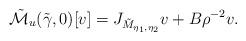
LaTeX: \begin{align*}\tilde{\mathcal{M}}_{u}(\tilde{\gamma},0)[v]=J_{\tilde{M}_{\eta_1,\eta_2}}v+B\rho^{-2}v.\end{align*}